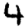
Digit: 4